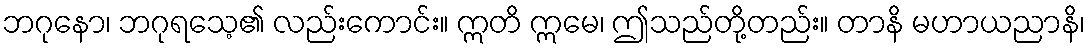
ဘဂုနော၊ ဘဂုရသေ့၏ လည်းကောင်း။ ဣတိ ဣမေ၊ ဤသည်တို့တည်း။ တာနိ မဟာယညာနိ၊